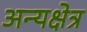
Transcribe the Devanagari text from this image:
अन्यक्षेत्र